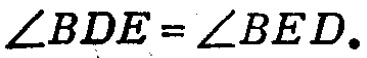
\(\angle BDE = \angle BED.\)